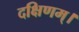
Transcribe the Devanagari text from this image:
दक्षिणम्।